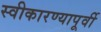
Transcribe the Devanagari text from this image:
स्वीकारण्यापूर्वी